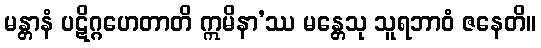
မန္တာနံ ပဋိဂ္ဂဟေတာတိ ဣမိနာ’ဿ မန္တေသု သူရဘာဝံ ဇနေတိ။